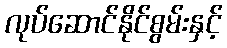
လုပ်ဆောင်နိုင်စွမ်းနှင့်